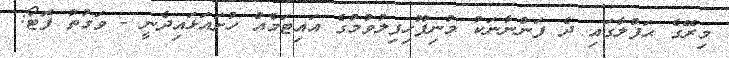
މިރޭގެ ޙަފްލާގައި ދެ ފަންނާނަކު މުނިފޫހިފިލުވުމުގެ އައިޓަމެއް ހުށައަޅައިދެނީ - ވަގުތު ފޮޓޯ: